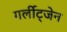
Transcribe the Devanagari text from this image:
गर्लीट्जेन